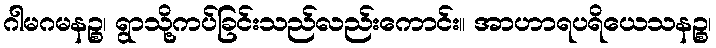
ဂါမဂမနဉ္စ၊ ရွာသို့ကပ်ခြင်းသည်လည်းကောင်း။ အာဟာရပရိယေသနဉ္စ၊